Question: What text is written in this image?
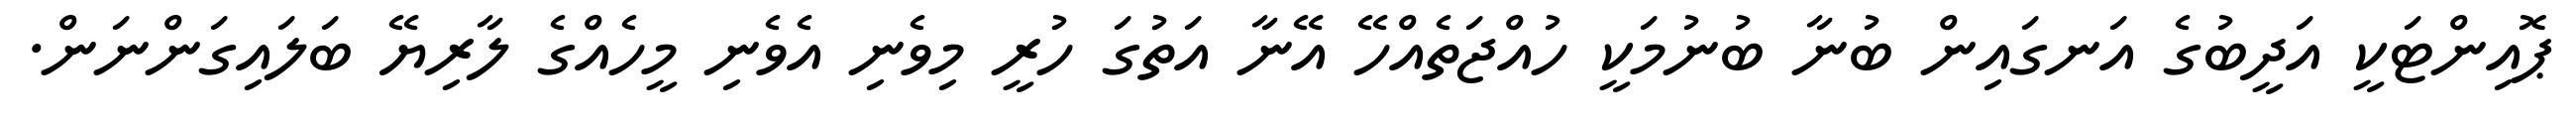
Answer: ޕޮއިންޓަކީ އަދީބުގެ އަނގައިން ބުނާ ބުނުމަކީ ހުއްޖަތެއްހޭ އޭނާ އަތުގަ ހުރީ މިވެނި އެވެނި މީހެއްގެ ލާރިޔޭ ބަލައިގަންނަން.